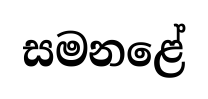
සමනළේ